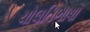
ચોલતિભાષા